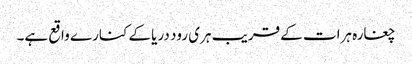
چغارہ ہرات کے قریب ہری رود دریا کے کنارے واقع ہے۔